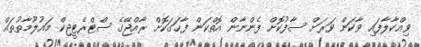
ވިއްކާލާފައި ވާކަން ވަރަށް ސާފުކޮށް ފެންނާން އޮތްކަން ފާހަގަކޮށް ރާއްޖޭގެ ސްޓްރެޓީޖިކް މައުލޫމާތުތައް